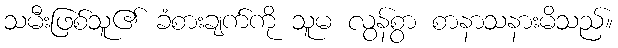
သမီးဖြစ်သူ၏ ခံစားချက်ကို သူမ လွန်စွာ စာနာသနားမိသည်။